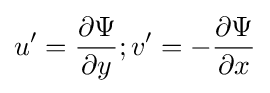
u'={\frac {\partial \Psi }{\partial y}};v'=-{\frac {\partial \Psi }{\partial x}}